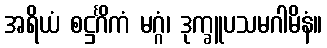
အရိယံ စဋ္ဌင်္ဂိကံ မဂ္ဂံ၊ ဒုက္ခူပသမဂါမိနံ။